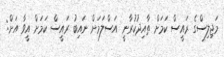
މަޖިލިސްގެ ރައީސް ކަމަށް ތާއިދުކުރާނީ އަސްލަމަށް ނައިބު ރައީސް ކަމަށް އީވާ އަށް: